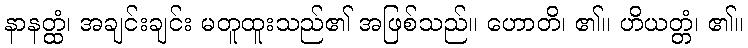
နာနတ္ထံ၊ အချင်းချင်း မတူထူးသည်၏ အဖြစ်သည်။ ဟောတိ၊ ၏။ ဟိယတ္တံ၊ ၏။